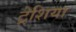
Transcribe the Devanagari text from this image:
ट्रेशिया